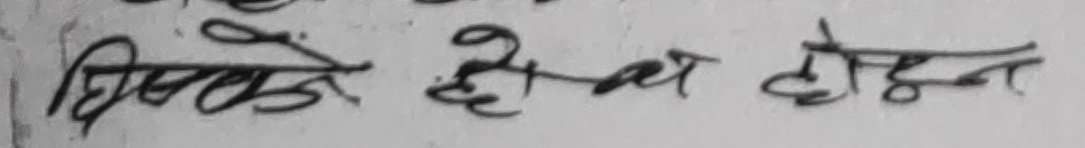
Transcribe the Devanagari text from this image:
धिरुले हो आ दोहोन